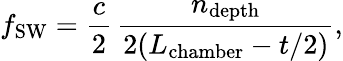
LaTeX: f_{\mathrm{SW}}=\frac{c}{2}\, \frac{n_{\mathrm{depth}}}{2(L_{\mathrm{chamber}}-t/2)},